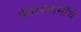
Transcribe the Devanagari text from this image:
भीमस्वामींचे